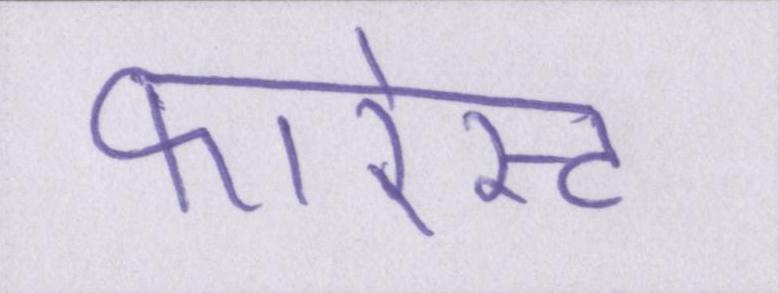
फारेस्ट